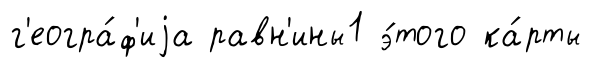
г'еогра́ф'иjа равн'ины1 э́того ка́рты